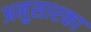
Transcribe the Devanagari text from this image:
अनुसारका